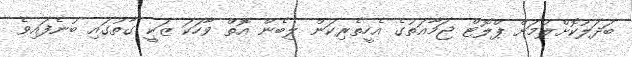
ބަދަލުކޮށްލުމަށް ޕްލޮޓް ޖަމާއަތުގެ އެހީތެރިކަން ލިބެން އޮތް ވާހަކަ ޒަކީ ގާތުގައި ބުނެފައިވެ